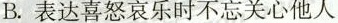
B.表达喜怒哀乐时不忘关心他人